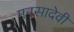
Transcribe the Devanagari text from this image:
मनसादेवी